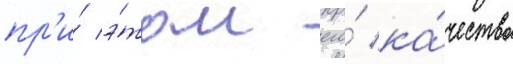
пр'и́ э́том его́ ка́чество